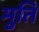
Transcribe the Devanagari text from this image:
मुति